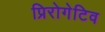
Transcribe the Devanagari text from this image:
प्रिरोगेटिव